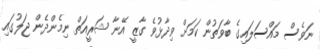
ނަވެސް މައްސަލައިގެ ބާވަތުން ކަމަށް ވިދާޅުވެ ގާޒީ އޭނާ ޝަރީއަތް ނިމެންދެން ޖަލުގައި